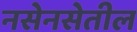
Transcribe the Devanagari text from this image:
नसेनसेतील